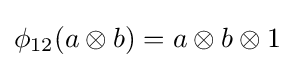
\phi _{12}(a\otimes b)=a\otimes b\otimes 1